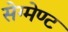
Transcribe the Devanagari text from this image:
सेग्मेण्ट